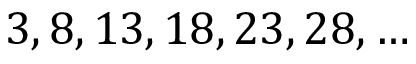
3 , 8 , 1 3 , 1 8 , 2 3 , 2 8 , \ldots